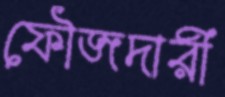
ফৌজদারী